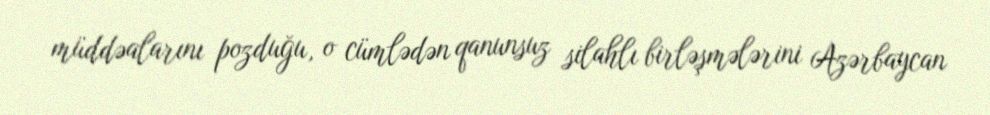
müddəalarını pozduğu, o cümlədən qanunsuz silahlı birləşmələrini Azərbaycan